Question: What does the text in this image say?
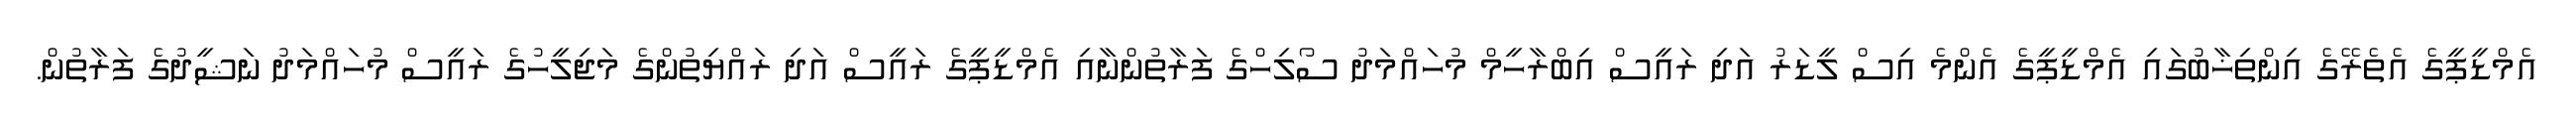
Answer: އެމްޑީޕީގެ އެތެރޭގެ އިންތިޚާބުގައި އެމްޑީޕީގެ އެންމެ އިސް ލީޑަރު އަދި ރައީސް އިބްރާހީމް މުހައްމަދު ސޯލިހްގެ ފަރާތުންނާއި އެމްޑީޕީގެ ރައީސް އަދި ރައްޔިތުންގެ މަޖިލީހުގެ ރައީސް މުހައްމަދު ނަޝީދުގެ ފަރާތުން.